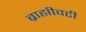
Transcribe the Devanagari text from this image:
ब्राह्मीवटी